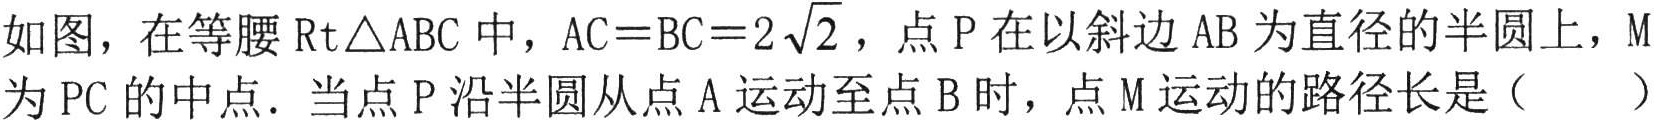
如图，在等腰$\text{Rt}\triangle\text{ABC}$中，$\text{AC}=\text{BC}=2\sqrt{2}$，点$\text{P}$在以斜边$\text{AB}$为直径的半圆上，$\text{M}$为$\text{PC}$的中点．当点$\text{P}$沿半圆从点$\text{A}$运动至点$\text{B}$时，点$\text{M}$运动的路径长是（  ）